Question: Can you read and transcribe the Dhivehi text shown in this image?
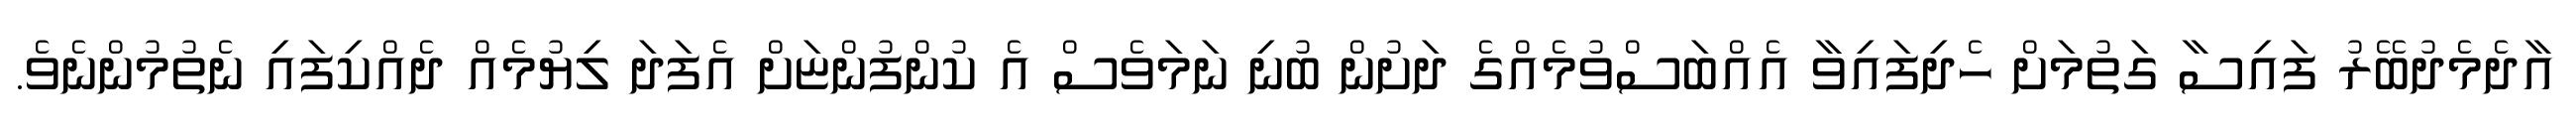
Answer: އާދެމެދުބޭރު ފައިސާ ގަތުމަށް ހެދިފައިވާ އެއްބަސްވުމެއްގެ ދަށުން ބުނި ނަމަވެސް އެ ކުންފުންޏަށް އެފަދަ ލިޔުމެއް ދެއްކިފައި ނެތުމުންނެވެ.